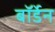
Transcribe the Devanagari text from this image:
बॉर्डेन